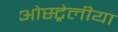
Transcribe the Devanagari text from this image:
ओस्ट्रेलीया